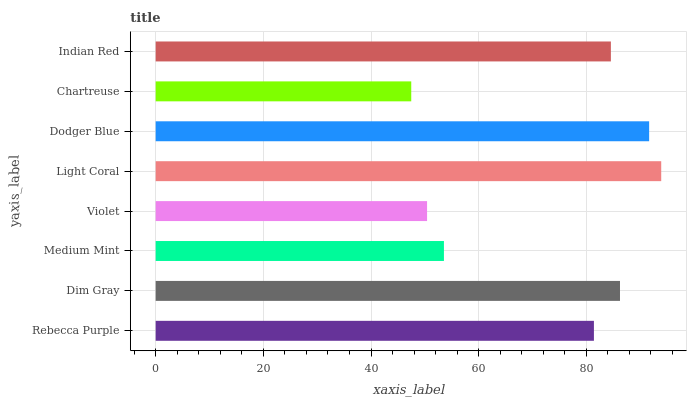
| yaxis_label | bars |
 | --- | --- |
 | Rebecca Purple | 81.4 |
 | Dim Gray | 86.3 |
 | Medium Mint | 53.5 |
 | Violet | 50.4 |
 | Light Coral | 93.9 |
 | Dodger Blue | 91.7 |
 | Chartreuse | 47.5 |
 | Indian Red | 84.6 |